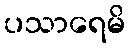
ပသာရေမိ